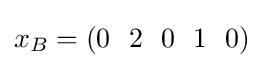
x_{B}=(0~~2~~0~~1~~0)